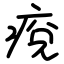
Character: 痥